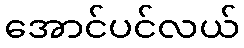
အောင်ပင်လယ်